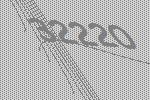
32220